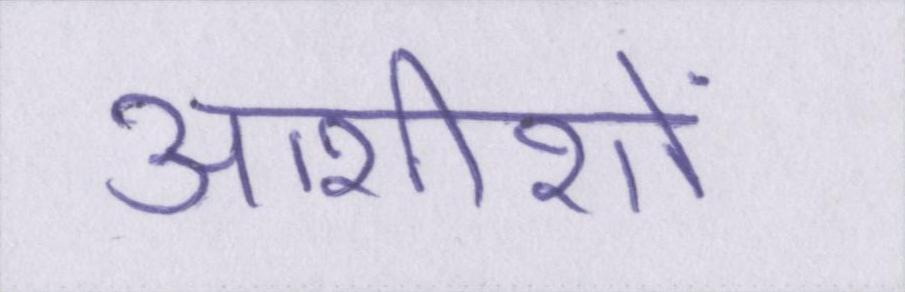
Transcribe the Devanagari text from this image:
आशीशों